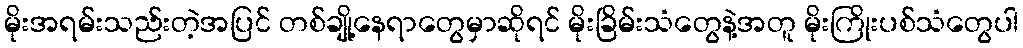
မိုးအရမ်းသည်းတဲ့အပြင် တစ်ချို့နေရာတွေမှာဆိုရင် မိုးခြိမ်းသံတွေနဲ့အတူ မိုးကြိုးပစ်သံတွေပါ